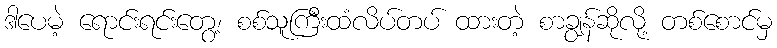
ဒါပေမဲ့ ရောင်းရင်းတွေ့၊ စစ်သူကြီးထံလိပ်တပ် ထားတဲ့ စာချွန်ဆိုလို့ တစ်စောင်မှ